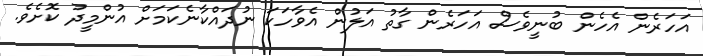
އަހަރެން އެހެން ބުނީވެސް އަހަރެން ގާތު އަލުން އެވާހަކަ ނުދައްކާނެކަމަށް އުންމީދު ކޮށެވެ.